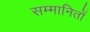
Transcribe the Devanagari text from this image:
सम्मानितों